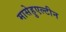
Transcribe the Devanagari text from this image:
मासेहुएल्टीन